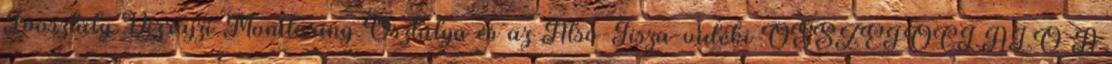
Főosztály Vízrajzi Monitoring Osztálya és az Alsó-Tisza-vidéki ÖSSZEFOGLALÓ A